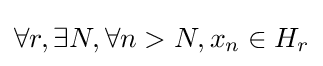
\forall r,\exists N,\forall n>N,x_{n}\in H_{r}